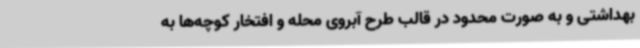
بهداشتی و به صورت محدود در قالب طرح آبروی محله و افتخار کوچه‌ها به